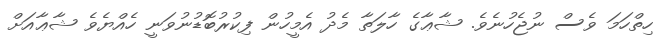
ހިތްހަމަ ވެސް ނުޖެހުނެވެ. ޝާޢާގެ ހާލަތާ މެދު އެމީހުން ފިކުރުބޮޑުނުވަނީ ހެއްޔެވެ ޝާޢާއަށް